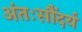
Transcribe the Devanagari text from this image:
अंतःसौंदर्य